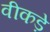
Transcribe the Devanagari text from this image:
वीकड़े